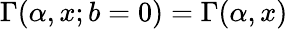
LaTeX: \Gamma(\alpha,x;b=0)=\Gamma(\alpha,x)